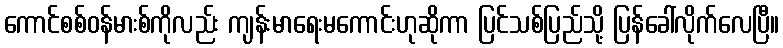
ကောင်စစ်ဝန်မားစ်ကိုလည်း ကျန်းမာရေးမကောင်းဟုဆိုကာ ပြင်သစ်ပြည်သို့ ပြန်ခေါ်လိုက်လေပြီ။